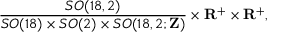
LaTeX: \frac { S O ( 1 8 , 2 ) } { S O ( 1 8 ) \times S O ( 2 ) \times S O ( 1 8 , 2 ; { \bf Z } ) } \times { \bf R } ^ { + } \times { \bf R } ^ { + } ,